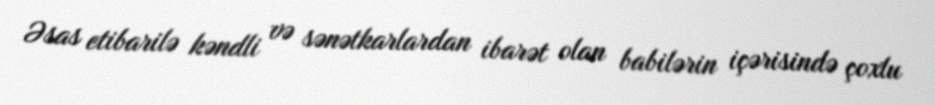
Əsas etibarilə kəndli və sənətkarlardan ibarət olan babilərin içərisində çoxlu